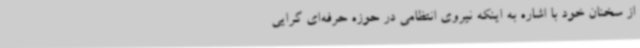
از سخنان خود با اشاره به اینکه نیروی انتظامی در حوزه حرفه‌ای گرایی